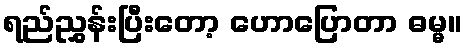
ရည်ညွှန်းပြီးတော့ ဟောပြောတာ ဓမ္မ။